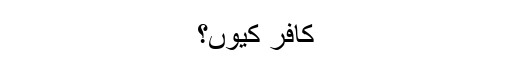
کافر کیوں؟